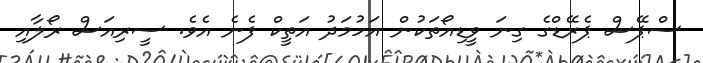
ސްޕޭސް ޕެރޭޑްގެ ގިނަ ވީޑިއޯތަކުން އަހުމަދު އަތީކް ފެނެ އެވެ. ސީރިއަސް ރޯލާއި